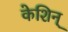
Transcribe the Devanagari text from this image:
केशिन्